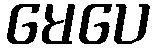
မေပေ